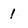
Character: I